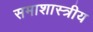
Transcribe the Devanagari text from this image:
समाशास्त्रीय